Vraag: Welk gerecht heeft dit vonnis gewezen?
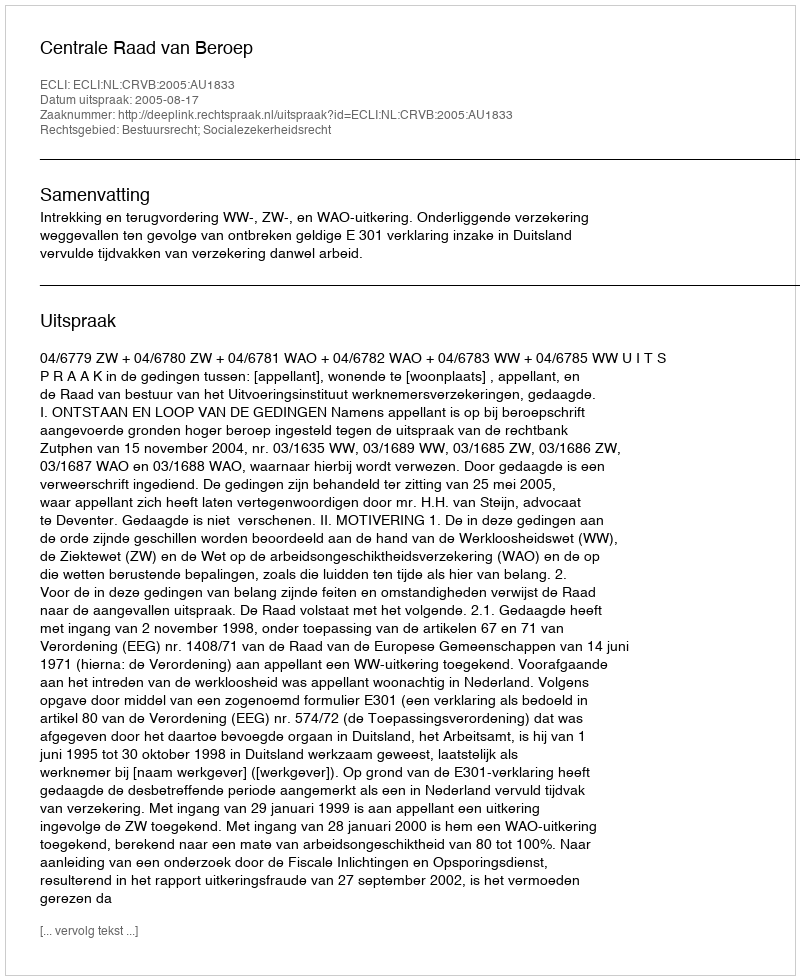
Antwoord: Centrale Raad van Beroep